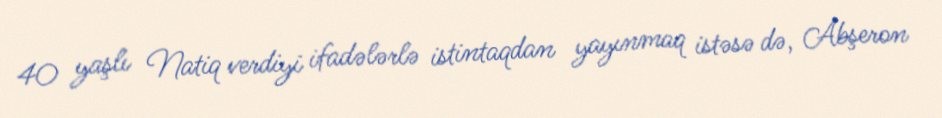
40 yaşlı Natiq verdiyi ifadələrlə istintaqdan yayınmaq istəsə də, Abşeron